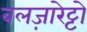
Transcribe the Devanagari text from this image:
बलज़ारेट्टो